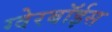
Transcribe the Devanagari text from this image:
ग्‍वेरबॉईस